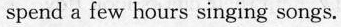
spend a few hours singing songs.